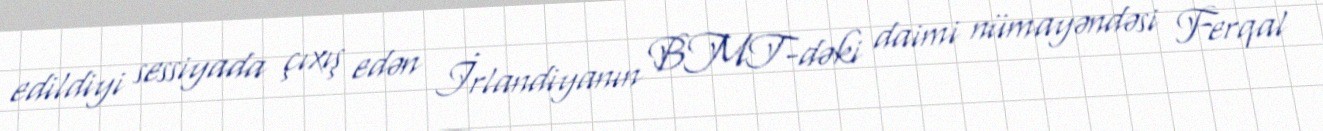
edildiyi sessiyada çıxış edən İrlandiyanın BMT-dəki daimi nümayəndəsi Ferqal